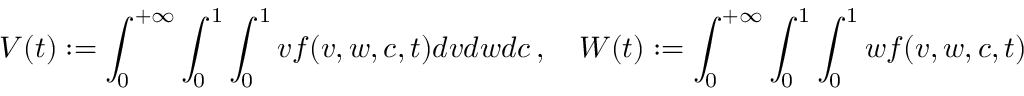
V ( t ) : = \int _ { 0 } ^ { + \infty } \int _ { 0 } ^ { 1 } \int _ { 0 } ^ { 1 } v f ( v , w , c , t ) d v d w d c \, , \quad W ( t ) : = \int _ { 0 } ^ { + \infty } \int _ { 0 } ^ { 1 } \int _ { 0 } ^ { 1 } w f ( v , w , c , t ) d v d w d c